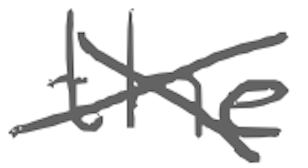
Text: the
Cross-out: cross
Writing tool: digital_gray